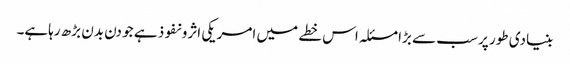
بنیادی طور پر سب سے بڑا مسئلہ اس خطے میں امریکی اثرو نفوذ ہے جو دن بدن بڑھ رہاہے۔